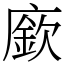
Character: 廞